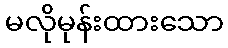
မလိုမုန်းထားသော